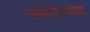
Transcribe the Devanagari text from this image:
जनार्दनरावांच्या